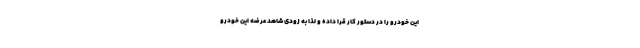
این خودرو را در دستور کار قرا داده و لذا به زودی شاهد عرضه این خودرو